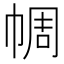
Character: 𢃖